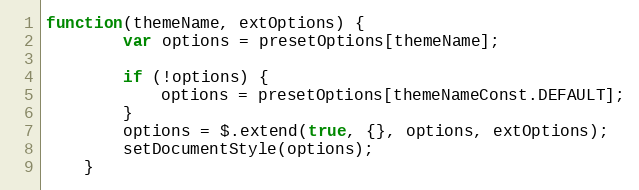
Language: JavaScript
function(themeName, extOptions) {
        var options = presetOptions[themeName];

        if (!options) {
            options = presetOptions[themeNameConst.DEFAULT];
        }
        options = $.extend(true, {}, options, extOptions);
        setDocumentStyle(options);
    }